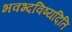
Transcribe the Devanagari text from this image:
भवभ्दविष्यदिति